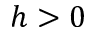
h > 0